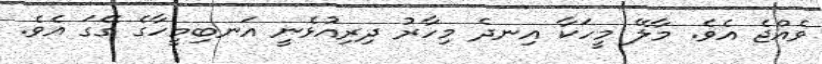
ވެއްޖެ އެވެ. މާލޭ މީހަކާ އިނދެ މިހާރު ދިރިއުޅެނީ އަނބިމީހާގެ ގޭގަ އެވެ.